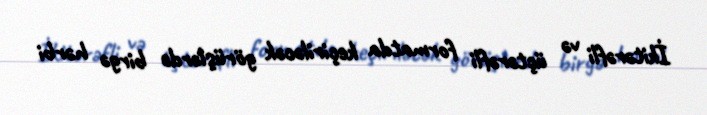
İkitərəfli və üçtərəfli formatda keçiriləcək görüşlərdə birgə hərbi